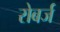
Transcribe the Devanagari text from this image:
रोबर्ज